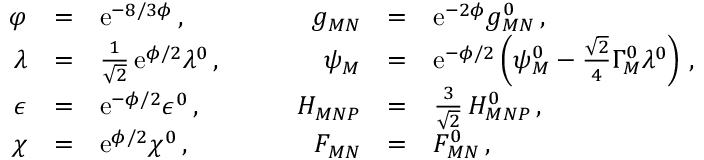
\begin{array} { r c l c r c l } { { \varphi } } & { { = } } & { { \mathrm { e } ^ { - 8 / 3 \phi } \, , } } & { { \quad } } & { { g _ { M N } } } & { { = } } & { { \mathrm { e } ^ { - 2 \phi } g _ { M N } ^ { 0 } \, , } } \\ { { \lambda } } & { { = } } & { { \frac { 1 } { \sqrt 2 } \, \mathrm { e } ^ { \phi / 2 } \lambda ^ { 0 } \, , } } & { { \quad } } & { { \psi _ { M } } } & { { = } } & { { \mathrm { e } ^ { - \phi / 2 } \left( \psi _ { M } ^ { 0 } - \frac { \sqrt { 2 } } { 4 } \Gamma _ { M } ^ { 0 } \lambda ^ { 0 } \right) \, , } } \\ { { \epsilon } } & { { = } } & { { \mathrm { e } ^ { - \phi / 2 } \epsilon ^ { 0 } \, , } } & { { \quad } } & { { H _ { M N P } } } & { { = } } & { { \frac { 3 } { \sqrt 2 } \, H _ { M N P } ^ { 0 } \, , } } \\ { { \chi } } & { { = } } & { { \mathrm { e } ^ { \phi / 2 } \chi ^ { 0 } \, , } } & { { \quad } } & { { F _ { M N } } } & { { = } } & { { F _ { M N } ^ { 0 } \, , } } \end{array}